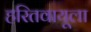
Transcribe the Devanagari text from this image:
हरितवायूला